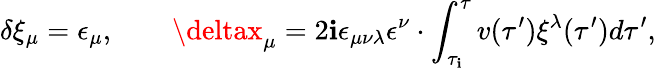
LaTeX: \delta\xi_{\mu}=\epsilon_{\mu},\qquad\deltax_{\mu}=2\mathbf{i}\epsilon_{\mu\nu\lambda}\epsilon^{\nu}\cdot\int_{\tau_{\mathbf{i}}}^{\tau}v(\tau^{\prime})\xi^{\lambda}(\tau^{\prime})d\tau^{\prime},